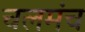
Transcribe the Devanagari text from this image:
चलमंच